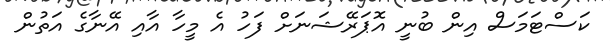
ކަސްޓަމަސް އިން ބުނީ އޮޕަރޭޝަނަށް ފަހު އެ މީހާ އާއި އޭނާގެ އަތުން